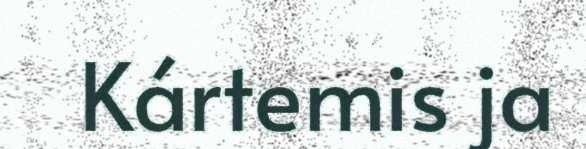
Kártemis ja